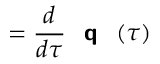
= \frac { d } { d \tau } { \textbf { \textsf { q } } } ( \tau )